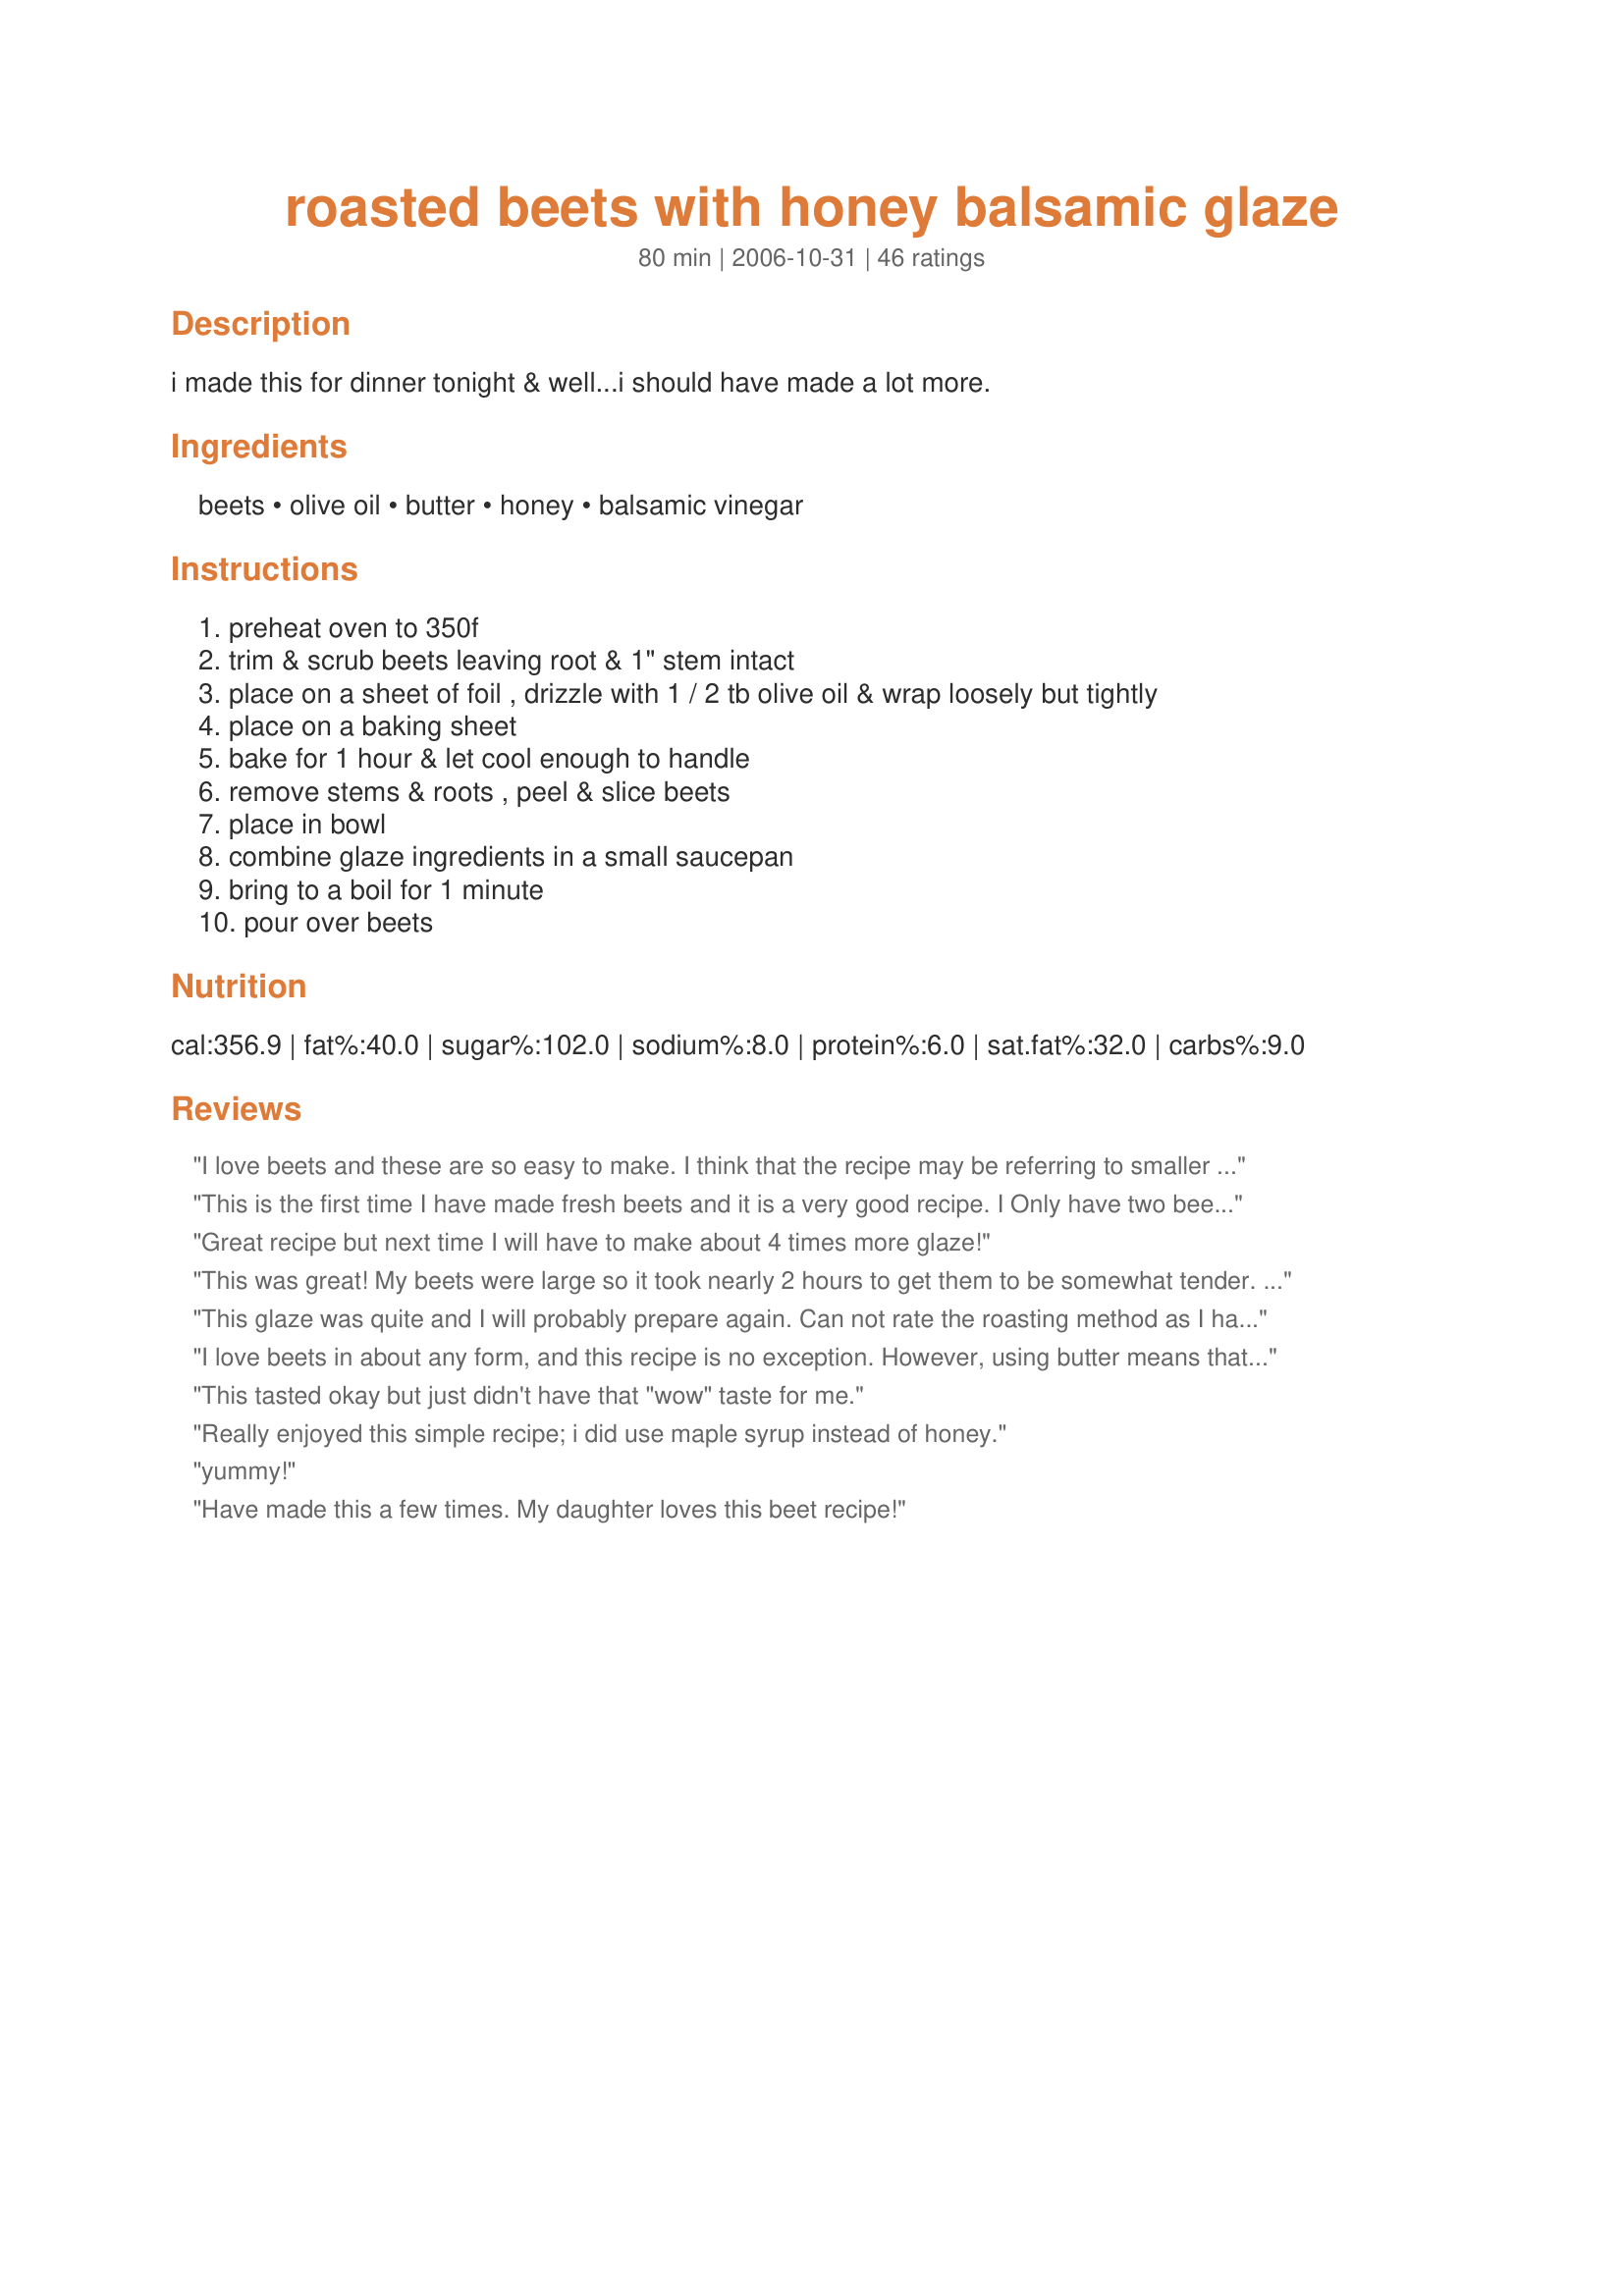
roasted beets with honey balsamic glaze
Preparation time: 80 minutes

i made this for dinner tonight & well...i should have made a lot more.

Ingredients:
beets, olive oil, butter, honey, balsamic vinegar

Steps:
preheat oven to 350f
trim & scrub beets leaving root & 1" stem intact
place on a sheet of foil , drizzle with 1 / 2 tb olive oil & wrap loosely but tightly
place on a baking sheet
bake for 1 hour & let cool enough to handle
remove stems & roots , peel & slice beets
place in bowl
combine glaze ingredients in a small saucepan
bring to a boil for 1 minute
pour over beets

Reviews:
I love beets and these are so easy to make. I think that the recipe may be referring to smaller beets than the ones I used; however, mine were done in the time frame specified. One of the really nice things about this recipe is that there is virtually no clean-up involved. The beets were baked in foil, the skins slipped off over the foil and then they were sliced and placed in a serving dish with the wonderful sauce being drizzled over. This is a keeper for sure. Made for *Photo Swap*.
This is the first time I have made fresh beets and it is a very good recipe. I Only have two beets but made half a recipe of the glaze. I cooked them a little over an hour and should have cooked them a little longer.
Great recipe but next time I will have to make about 4 times more glaze!
This was great! My beets were large so it took nearly 2 hours to get them to be somewhat tender. My sauce never got to a "glaze" consistancy, but was delicious nevertheless. I will do these again and next time cut down on the honey a tad, and up the balsamic vinegar a tad. I would have liek just a touch more tang to them. This is a fantastic way to prepare fresh beets. I will make this again for sure.
This glaze was quite and I will probably prepare again. Can not rate the roasting method as I had leftover boiled beets that I prepared the sauce for. Served with recipe #109371 and recipe #215977.
I love beets in about any form, and this recipe is no exception. However, using butter means that when the beets are cool, the butter coagulates or becomes little semi-solid chunks. By switching to olive oil, this dish can be eaten warm, cold, or room temp, which makes it all the more versatile (we love these in salads w candied nuts and goat cheese) . . . and more healthful. Addition of salt & pepper add more dimension. Another similar recipe I use calls for marinating the beets in walnut oil, minced garlic, and mint. Be adventurous and experiment with this great-for-you veggie!
This tasted okay but just didn't have that "wow" taste for me.
Really enjoyed this simple recipe; i did use maple syrup instead of honey.
yummy!
Have made this a few times. My daughter loves this beet recipe!
I haven't made beets in a long time, and wanted a way to make them to get my kids to eat them. This recipe fit the bill! I used a pressure cooker to cook them so omitted the olive oil. My only complaint is that I will peel the beets first the next time. Otherwise, this a great recipe!
I used three golden beets & one carrot. I sliced them and roasted them in the oven. at 450. I added the glaze at the very end and put them back in the oven for 5 more minutes (20 minutes total.) The glaze is so good and mellows out the earthly beet taste. Tender, but crunchy.
Delish! I made this with 6 medium beets and 1 large sweet potato, all peeled first and cut into 1&quot; chunks. I would cut back the honey next time perhaps to 1 generous tbl. Note, you only need 1/2 tbl Olive Oil, not 6 tbls.
We have had beets this way about 5 times in the last month. I love them! I've subbed the balsamic for white balsamic a few times, and roasted the beets before hand. Then I tossed the sliced, roasted beets in the dressing right before serving. So delicious! A must try!
I like this recipe and am likely to make it again. It was my first time making beets of any kind and I roasted them in the oven for an hour. You can peel the skin after they cool by hand, but if you don't have the time or patience you can use a peeler. Your hands will get pink but luckily I didn't get anything on my clothing and the color washes out pretty easily. If you look at Joy of Cooking, the length of cooking time depends on the age of the beets, with older ones taking up to two hours. I only needed an hour to get the desired results, despite it being about a month since I bought them (organic) {they had been in the crisper which is near freezing in temperature}. I used a lemon flavored raw honey and a butter substitute (from canola oil) and I didn't have a clotting problem. The glaze tempers the potency of the beets, producing a milder and less tart taste. I definitely would recommend giving this recipe a try! I sprinkled some dry parsley flakes on top for presentation.
Love these beets! I made a ton of them and shared with everyone. They are fabulous...
delish! Thanks!
Mmmm, we love beets and the balsamic glaze on them was divine. I loved the flavor it gave the veggie and we will make this again. DH and I couldn&#039;t quit eating them. thank you for sharing.l
I had never tried beets, but had been wanting to try them for quite some time after seeing so many appetizing-looking recipes on food.com. This was the one I chose to start with, and it was a very good start! I scaled the recipe back to 1 serving as well as I could since DH expressed a distaste for trying them. I was surprised at how messy they were -- after peeling the beets, my whole kitchen was splattered magenta! But the flavor of this dish was worth the mess. There did seem to be an awful lot of glaze left on the plate, so I think next time I will cut back on the butter a little bit to avoid wasting the yumminess. This is definitely a keeper! Thanks for sharing, Elmotoo!
We really liked the glaze used in this recipe! I roasted some carrots and beets together. Did not use the olive oil, just some cooking spray. Turned out great! Thanks for the post.
Loved these beets and the glaze is wonderful! I'm going to try it on cherry tomatoes this summer. I agree that if you've got larger beets be prepared to increase baking time by at least 1/2 hour, maybe more. Thanks!
These are SOOO GOOD!!!
I am not a big beet fan but had some from a work to market veggie mix. My beets were a variety of sizes, which made cooking them difficult. I ended up having some that were a bit too firm. Otherwise, they were great! I did slice them at the end and place them in the sauce in the oven for the last 10 minutes.
Excellent way to present beets. I had to cook mine for over two hours as they were fresh from the garden LARGE. The glaze finished them off perfectly. Thanks Elmotoo
I&#039;d never had beets before and certainly had never fixed them myself. These were so easy and so tasty! Fantastic cold too over a salad with some goat cheese and toasted walnuts.
Wonderful! Although I did not use this recipe to roast my beets (used Sugarpea's version #72861), I did use the glaze and it was really really good. The beets I had were store bought and did not have a lot of flavor. This glaze did the trick and will be a standard for us from now on. Thanks for posting!
Wow!!! These were so good. I truly feel that beets are one of the most under utilized and appreciated vegetables out there. This is such an easy and tasty way to serve them. However, I did cut the cooking time way down by peeling and cutting beets into half moon slices and roasted them like this. Much quicker cook time. The glaze is SOOOO yummy. Thanks for sharing.
I made this with a blend of beets and carrots - it was really great! My beets took longer, about an hour and a half, to get as tender as I wanted. Thank you! :)
Everyone enjoyed this including the hubby who isn't particularly fond of beets. I added an extra tablespoon of balsamic vinegar and 2 more of the butter because I wanted to saut&eacute; garlic and shallots. It was still a little sweet but very good.
Since I had mutant sized beets I cooked them 30 minutes longer. These beets were very tender and the glaze was yummy too. Made for Veg 'N Swap tag.
Amazing!!! I peeled 1/2 the beets before roasting and 1/2 after and I definitely prefer peeling before. Peeling after was difficult right out of the oven and the previously peeled were just as juicy. I added peeled carrots and a couple sliced cloves garlic. i used an olive oil spray bottle and coated generously (probably about 1 tbl). I likely will alwys do beets this way. Thanks!!!!
For this recipe I used a variety of root vegetables: heirloom red beets, golden beets, a parsnip, two purple potatoes, couple of carrots. The oven temperature was increased to 400º and the beets since they were small were left unpeeled. Roasted veggies served over braised greens: mustard, chard, etc. This was a great accompaniment to Recipe #181650 and steamed orange cauliflower. The sauce-Mmmm!! Reviewed for Veg Tag January.
Best beets ever!!!
Very good though I had to change it up a touch.I had four beets that I chopped into 1'in bites and I roasted them straight on the cookie sheet with olive oil and salt.Four was all I had.I also increased the temp to 425 as its that intense heat that roasts them.I kept all the sauce amounts the same but added a TBSP minced fresh ginger-I read this off of another recipe.I simmered that sauce as directed but per another reviewers note I poured it over the beets and roasted for another 10 min.OMG!!these were amazing!I cant wait to try this same idea with a winter squash.
AWESOME recipe! Super easy to make, and the honey-balsamic really compliments the beets without being overpowering.
This is heaven on a plate. Great by itself but also great in a salad with some goat cheese and candied walnuts. Delicious!!! Thank you SO MUCH for sharing this wonderful recipe!!! It's going in my "favorites".
add a touch of lemon pepper...yum!
I was getting tired of beets - but this was great! Sweet and tart, absolutely delicious!
Yummy! I just roasted the beets as I normally do, wrapped in foil without the olive oil. I also cut down on the butter in the glaze. But the honey and balsamic vinegar gave a really nice extra dimension to the beets. This is my kind of side dish-very simple and very delicious!
We loved these beets. The butter does coagulate a little when they are cold but it didn't bother us. I just scrape it off. They are delicious hot or chopped up cold on salad.
I liked this recipe alot, very simple to make. The beets took longer than one hour to roast. Next time I will increase the temp. I also doubled the sauce minus 1 tablespoon of the balsamic, just because my hubbby isn't crazy about it, and I didn't want that flavor to overpower the beets. Thanks for a new way to serve this less than popular9in our house) vegetable.
These are great beets. I used golden beets because they are not as messy as the red ones. I wrapped them in the tin foil but did not add any oil. I think these are great at room temp. I snacked on them all day. Thanks Elmo!
When I made these tonight I realized I have never rated this recipe! I made it several times last fall with fresh beets from the farmers market. Tonight I made the sauce and threw in a can of sliced beets, simmered for about 5 minutes and they were a quick and easy side dish. I usually cut the butter in half. Will make these both ways often - this is a delicious way to eat beets! Thanks for posting.
I liked this beet recipe alot and I think the flavor improves with age. I think I just don't like it quite as well as my "usual" pickled beet recipe. The balsamic vinegar is quite good. I might try either less oil (i used olive oil in the glaze) or maybe no oil.
I am really confused with this recipe. It calls for 16 beets and 6 tablespoons of olive oil and then just says to use 1/2 tablespoon of olive oil on the beets. Not sure what to do with the other 5 1/2 tablespoons of olive oil. What am I missing?
Very tasty beets. I put them back into the oven for about 12 minutes after adding the glaze to them. Thanks!
